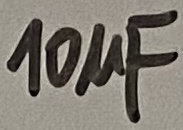
Text: 10µF